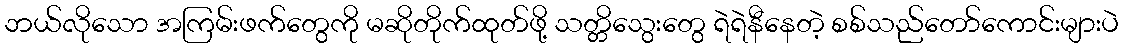
ဘယ်လိုသော အကြမ်းဖက်တွေကို မဆိုတိုက်ထုတ်ဖို့ သတ္တိသွေးတွေ ရဲရဲနီနေတဲ့ စစ်သည်တော်ကောင်းများပဲ